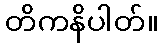
တိကနိပါတ်။